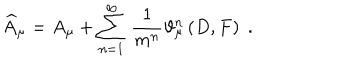
\widehat { A } _ { \mu } = A _ { \mu } + \sum _ { n = 1 } ^ { \infty } \, \frac 1 { m ^ { n } } \vartheta _ { \mu } ^ { n } \left( D , F \right) \; .